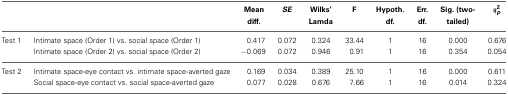
<table><thead><tr><td></td><td></td><td><b>Mean diff.</b></td><td><b><i>SE</i></b></td><td><b>Wilks&#x27; Lamda</b></td><td><b>F</b></td><td><b>Hypoth. df.</b></td><td><b>Err. df.</b></td><td><b>Sig. (two-tailed)</b></td><td><b>η<sup>2</sup><sub><i>p</i></sub></b></td></tr></thead><tbody><tr><td>Test 1</td><td>Intimate space (Order 1) vs. social space (Order 1)</td><td>0.417</td><td>0.072</td><td>0.324</td><td>33.44</td><td>1</td><td>16</td><td>0.000</td><td>0.676</td></tr><tr><td></td><td>Intimate space (Order 2) vs. social space (Order 2)</td><td>−0.069</td><td>0.072</td><td>0.946</td><td>0.91</td><td>1</td><td>16</td><td>0.354</td><td>0.054</td></tr><tr><td>Test 2</td><td>Intimate space-eye contact vs. intimate space-averted gaze</td><td>0.169</td><td>0.034</td><td>0.389</td><td>25.10</td><td>1</td><td>16</td><td>0.000</td><td>0.611</td></tr><tr><td></td><td>Social space-eye contact vs. social space-averted gaze</td><td>0.077</td><td>0.028</td><td>0.676</td><td>7.66</td><td>1</td><td>16</td><td>0.014</td><td>0.324</td></tr></tbody></table>